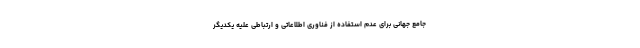
جامع جهانی برای عدم استفاده از فناوری اطلاعاتی و ارتباطی علیه یکدیگر